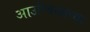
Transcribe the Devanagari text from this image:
आउश्वित्झच्या